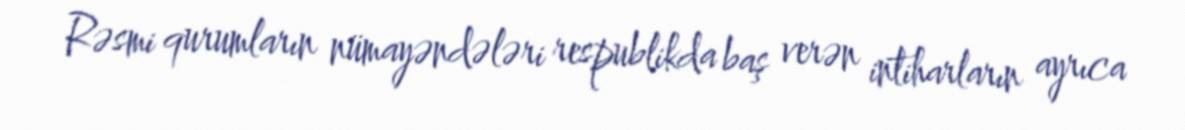
Rəsmi qurumların nümayəndələri respublikda baş verən intiharların ayrıca